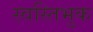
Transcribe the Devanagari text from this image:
स्वस्तिभुक